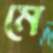
মে